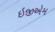
ઇજીએમ